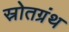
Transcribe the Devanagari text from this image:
स्रोतग्रंथ